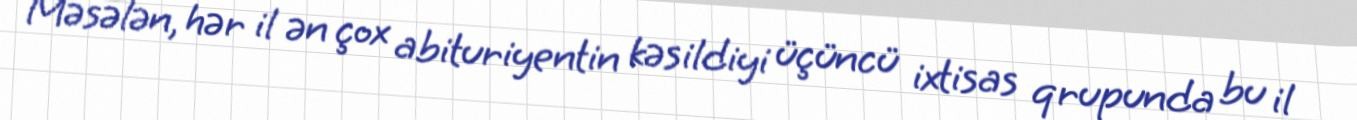
Məsələn, hər il ən çox abituriyentin kəsildiyi üçüncü ixtisas qrupunda bu il